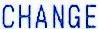
CHANGE